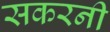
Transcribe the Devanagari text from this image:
सकरनी